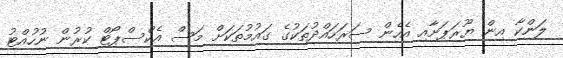
ލަންކާ އިން ޔޫރަޕަށާއި އެހެން ސަރަހައްދުތަކުގެ ގައުމުތަކަށް މަސް އެކްސްޕޯޓް ކުރުން ނުހުއްޓު